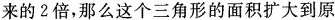
来的2倍，那么这个三角形的面积扩大到原